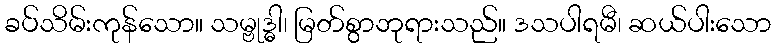
ခပ်သိမ်းကုန်သော။ သမ္ဗုဒ္ဓါ၊ မြတ်စွာဘုရားသည်။ ဒသပါရမီ၊ ဆယ်ပါးသော